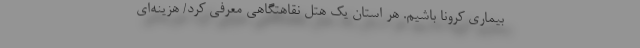
بیماری کرونا باشیم. هر استان یک هتل نقاهتگاهی معرفی کرد/ هزینه‌ای